Papers set at the Examination for Leaving Certificates, 1889
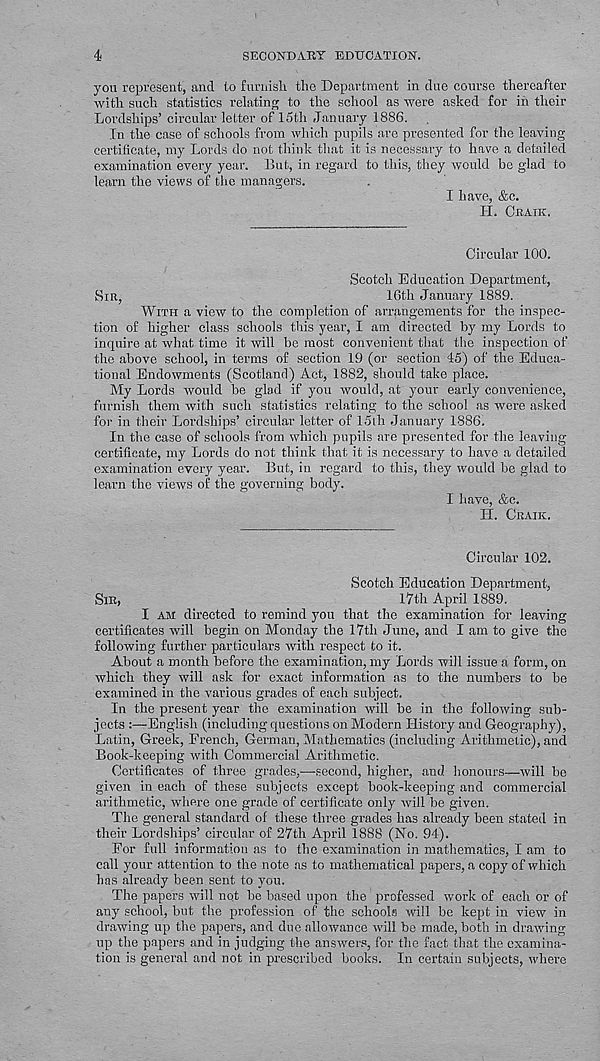
4
SECONDARY EDUCATION.
you represent, and to furnish the Department in due course thereafter
with such statistics relating to the school as were asked for in their
Lordships’ circular letter of 15th January 1886.
In the case of schools from which pupils are presented for the leaving
certificate, my Lords do not think that it is necessary to have a detailed
examination every year. But, in regard to this, they would be glad to
learn the views of the managers.
I have, &c.
H. CRAIK.
Circular 100.
Scotch Education Department,
SIR,
16th January 1889.
WITH a view to the completion of arrangements for the inspec-
tion of higher class schools this year, I am directed by my Lords to
inquire at what time it will be most convenient that the inspection of
the above school, in terms of section 19 (or section 45) of the Educa-
tional Endowments (Scotland) Act, 1882, should take place.
My Lords would be glad if you would, at your early convenience,
furnish them with such statistics relating to the school as were asked
for in their Lordships’ circular letter of 15th January 1886.
In the case of schools from which pupils are presented for the leaving
certificate, my Lords do not think that it is necessary to have a detailed
examination every year. But, in regard to this, they would be glad to
learn the views of the governing body.
I have, &e.
H. CRAIK.
Circular 102.
Scotch Education Department,
SIR,
17th April 1889.
I AM directed to remind you that the examination for leaving
certificates will begin on Monday the 17th June, and I am to give the
following further particulars with respect to it.
About a month before the examination, my Lords will issue a form, on
which they will ask for exact information as to the numbers to be
examined in the various grades of each subject.
In the present year the examination will be in the following sub-
jects :—English (including questions on Modern History and Geography),
Latin, Greek, French, German, Mathematics (including Arithmetic), and
Book-keeping with Commercial Arithmetic.
Certificates of three grades,—second, higher, and honours—will be
given in each of these subjects except book-keeping and commercial
arithmetic, where one grade of certificate only will be given.
The general standard of these three grades has already been stated in
their Lordships’ circular of 27th April 1888 (No. 94).
For full information as to the examination in mathematics, I am to
call your attention to the note as to mathematical papers, a copy of which
has already been sent to you.
The papers will not be based upon the professed work of each or of
any school, but the profession of the schools will be kept in view in
drawing up the papers, and due allowance will be made, both in drawing
up the papers and in judging the answers, for the fact that the. examina-
tion is general and not in prescribed books. In certain subjects, where